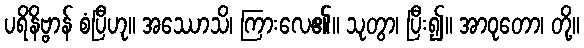
ပရိနိဗ္ဗာန် စံပြီဟု။ အဿောသိ၊ ကြားလေ၏။ သုတွာ၊ ပြီး၍။ အာဝုတော၊ တို့။